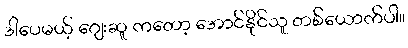
ဒါပေမယ့် ဂျေးဆူ ကတော့ အောင်နိုင်သူ တစ်ယောက်ပါ။